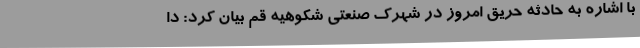
با اشاره به حادثه حریق امروز در شهرک صنعتی شکوهیه قم بیان کرد: دا